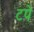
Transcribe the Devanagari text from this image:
टपे